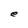
Character: e